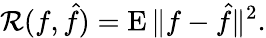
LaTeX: \mathcal{R}(f,{\hat{{f}}})=\operatorname{E}\| f-{\hat{{f}}}\| ^{2}.